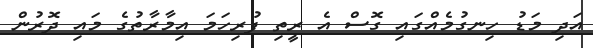
އަދި މަޑު ހިނގުމެއްގައި ގޮސް އެ ރީތި ފުރިހަމަ އިމާރާތުގެ މައި ދޮރުން